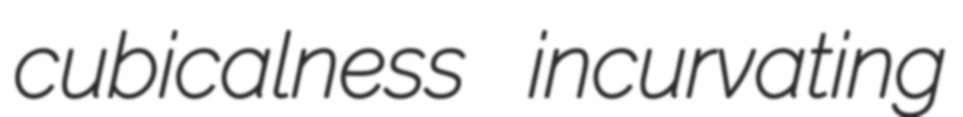
cubicalness incurvating